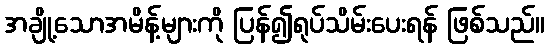
အချို့သောအမိန့်များကို ပြန်၍ရုပ်သိမ်းပေးရန် ဖြစ်သည်။